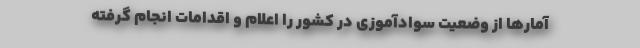
آمارها از وضعیت سوادآموزی در کشور را اعلام و اقدامات انجام گرفته